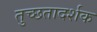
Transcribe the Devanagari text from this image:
तुच्छतादर्शक